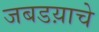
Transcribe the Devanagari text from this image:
जबडय़ाचे